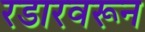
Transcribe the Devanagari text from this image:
रडारवरून